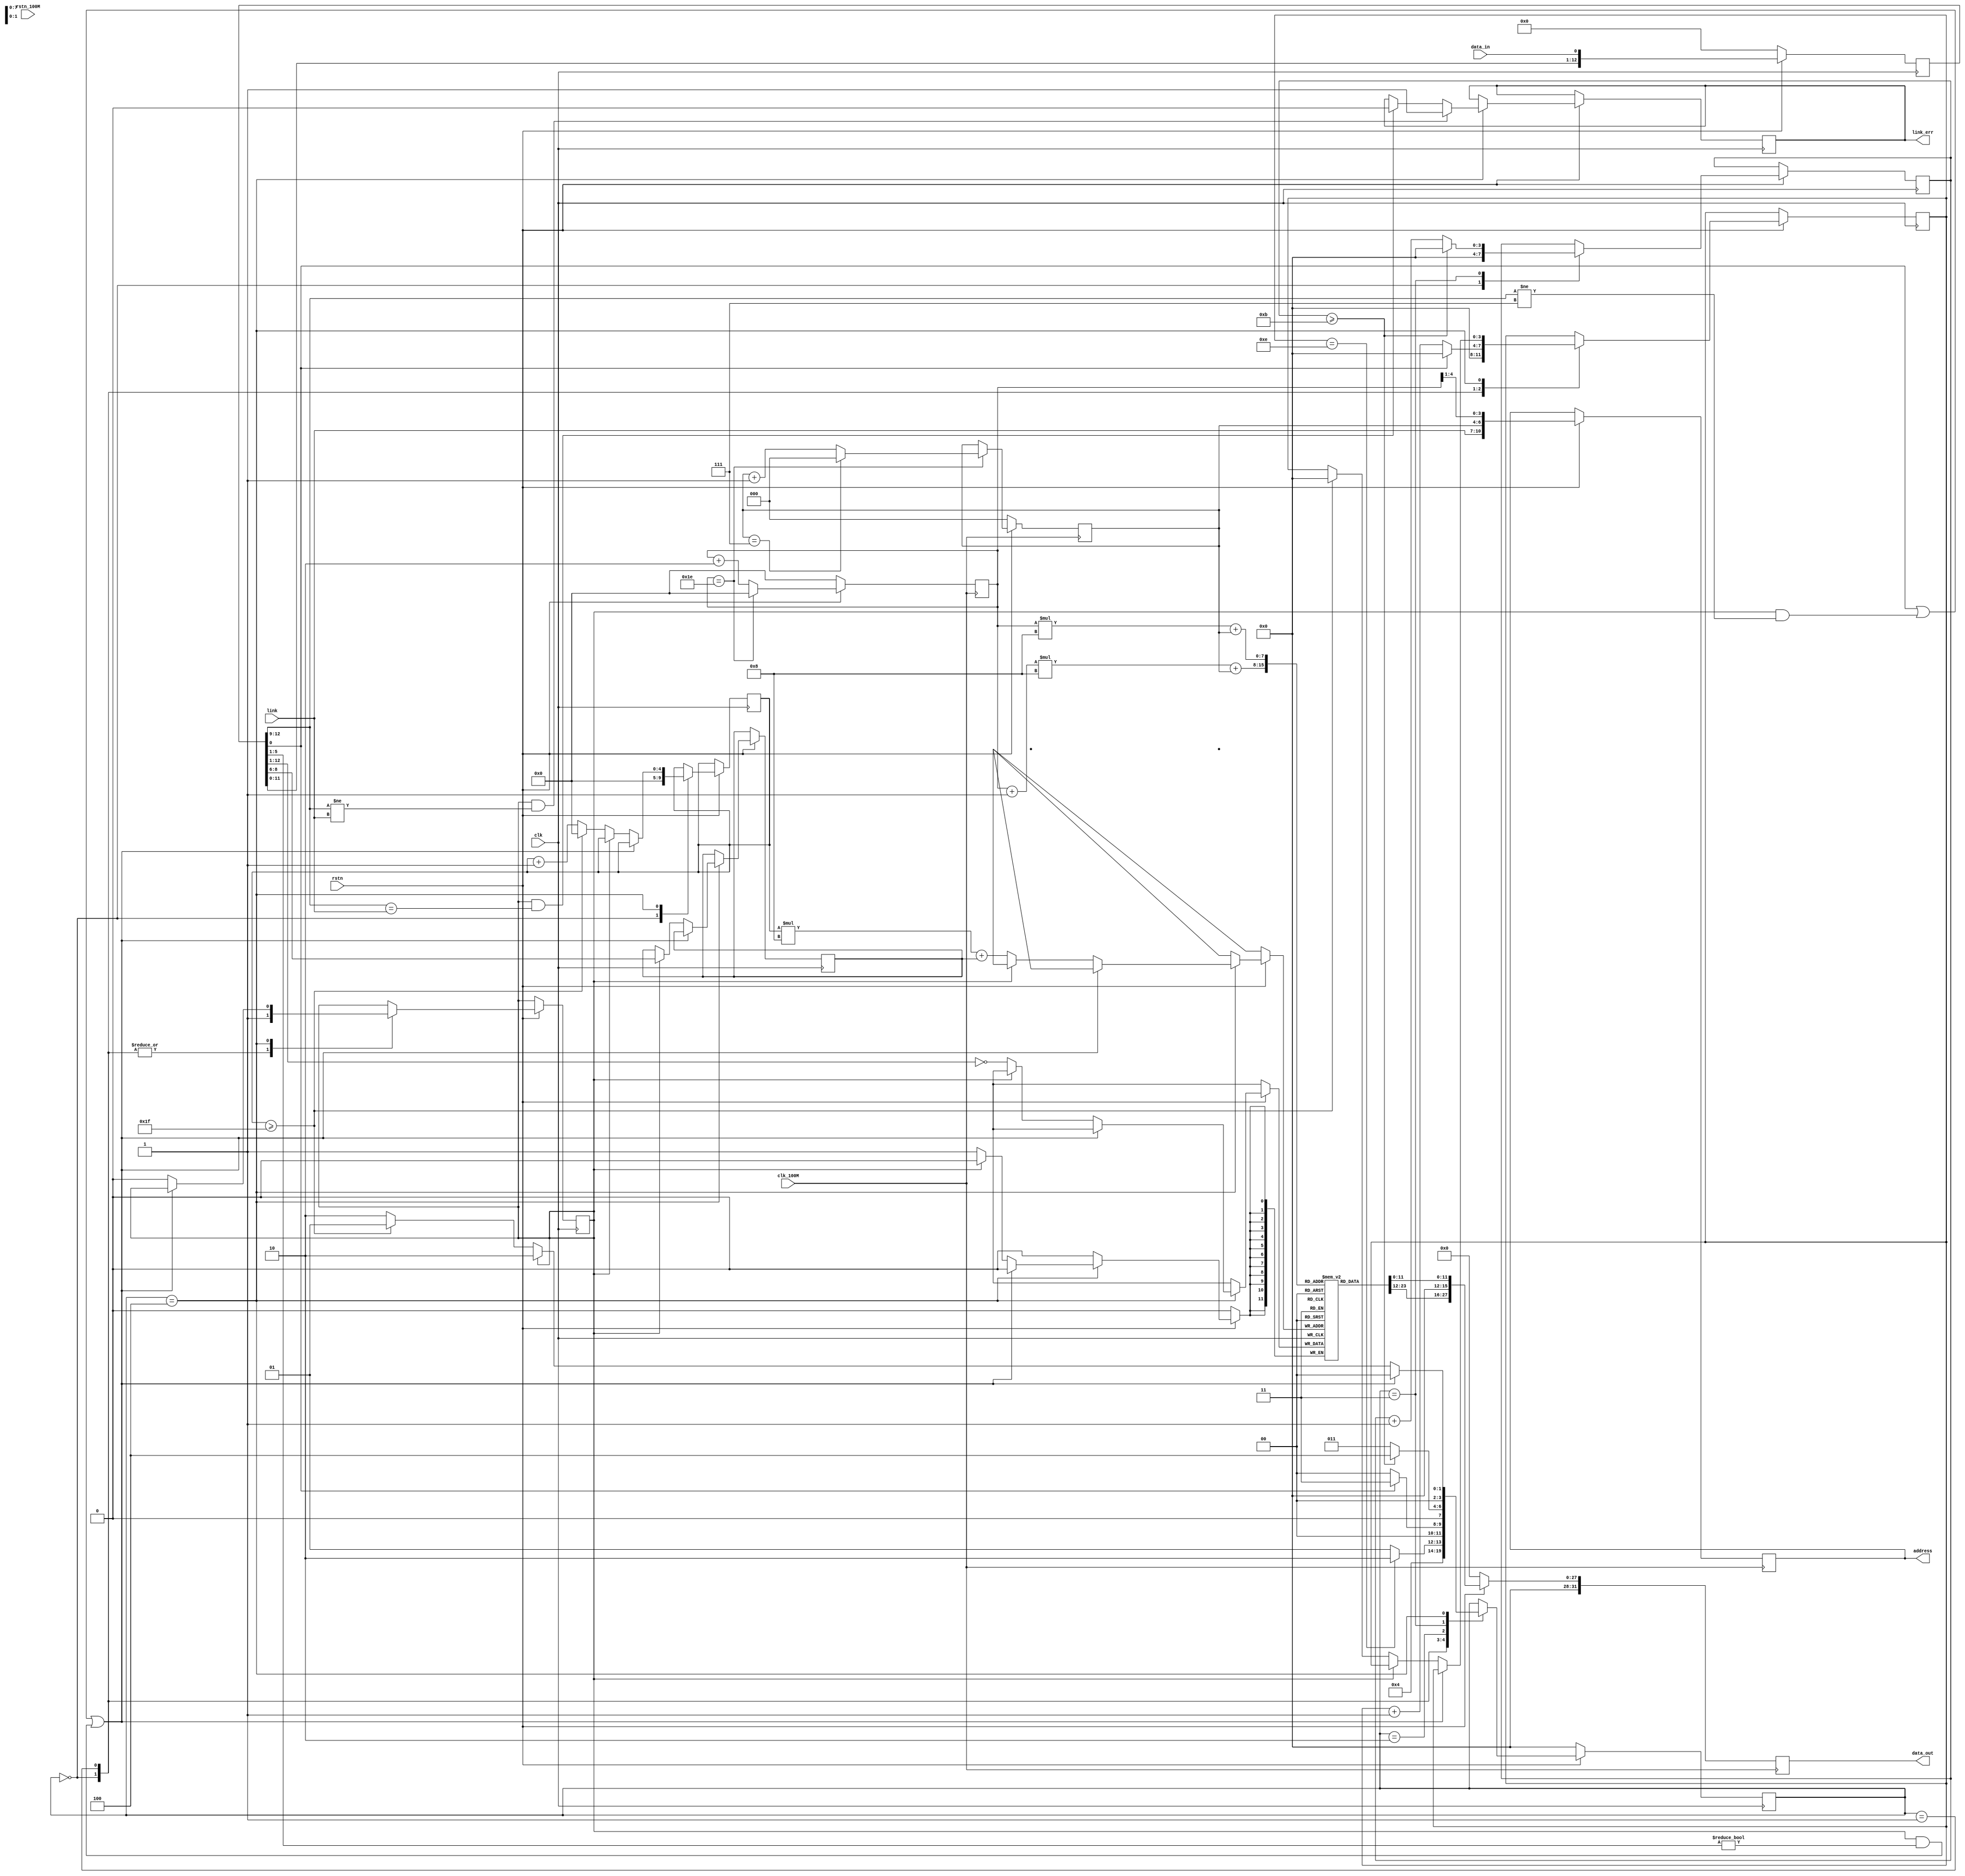
`timescale 1ns / 1ps
//////////////////////////////////////////////////////////////////////////////////
// Company: 
// Engineer: 
// 
// Design Name: 
// Module Name: s2p
// Project Name: 
// Target Devices: 
// Tool Versions: 
// Description: 
// 
// Dependencies: 
// 
// Revision:
// Revision 0.01 - File Created
// Additional Comments:
// 
//////////////////////////////////////////////////////////////////////////////////


module s2p(
    input clk, clk_100M,
    input rstn, rstn_100M,
    input data_in,
    input [3:0] link,
    output reg link_err,
    output reg [10:0] address, 
    output reg [31:0] data_out
    );
    
    reg        addr_flag;
    reg [2:0]  count_sublink;
    reg [3:0]  count_word, count_sysn;
    reg [4:0]  count_ch;
    
    reg [3:0]  state;
    
    reg [11:0] data_mem [31:0][7:0]; 
    reg [13:0] data_buffer;
    
    reg [4:0] index_ch;
    reg [2:0] index_sl;
    
    parameter  init  = 4'b0000,
               sysn  = 4'b0001,
               msb   = 4'b0010,
               data  = 4'b0011,
               lsb   = 4'b0100;
    
    always @ (posedge clk) begin
        if(~rstn) begin
            data_buffer <= 14'd0;
        end else begin
            data_buffer <= {data_buffer[12:0], data_in};
        end
    end
        
    always @ (posedge clk) begin
        if(~rstn) begin
            state <= init;
        end else begin
            case(state)    
                init: begin
                    count_sysn   <= 0;
                    count_word   <= 0;
                    count_ch     <= 0;
                    addr_flag    <= 1'b1;
                    state <= sysn;
                end
            
                sysn: begin                    
                    addr_flag    <= 1'b1;
                    
                    if(data_buffer[0] == 14'd0) begin
                        count_sysn <= count_sysn + 1'b1;
                    end else begin
                        count_sysn <= 0;
                    end
                    
                    if(count_sysn == 14'd14) begin
                        state <= msb;    
                    end else begin
                        state <= sysn;
                    end     
                end
                                    
                msb: begin
                    if(data_buffer[0] == 1'b1) begin
                        state <= data; 
                    end else begin
                        state <= init; 
                    end    
                end
                
                data: begin
                    if(count_word >= 4'd11) begin
                        count_word <= 0;
                        state <= lsb;
                    end else begin
                        count_word <= count_word + 1'b1; 
                        state <= data;   
                    end
                end
                
                lsb: begin
                    if((data_buffer[0] != 1'b0) || ((addr_flag == 1'b1) && (data_buffer[12:9] != 4'd7)) || ((addr_flag == 1'b1) && (data_buffer[5:1] != 4'd0))) begin
                        state <= init;
                    end else begin
                        if(addr_flag == 1'b1) begin
                            addr_flag <= 1'b0;
                            count_sublink <= data_buffer[8:6];
                            state <= msb;
                        end else begin 
                            data_mem[count_ch][count_sublink] <= ~ data_buffer[12:1];
                            if(count_ch >= 31) begin
                                count_ch <= 0;
                                count_sysn <= 0;
                                state <= sysn;
                            end else begin
                                count_ch <= count_ch + 1'b1;
                                state <= msb;
                            end                      
                        end                           
                    end
                    
                    if((addr_flag == 1'b1) && (data_buffer[12:9] != link))
                        link_err <= 1'b1;    
                    else  if((addr_flag == 1'b1) && (data_buffer[12:9] == link))
                        link_err <= 1'b0;
                    else 
                        link_err <= link_err;
                end
            endcase
        end
    end
    
    
    always @ (posedge clk_100M) begin          
        if(~rstn) begin
            data_out <= 0;
            index_ch <= 0;
            index_sl <= 0;
        end else begin 
            if(index_ch == 5'd30)begin
                if(index_sl == 3'd7)begin
                    data_out <= {4'd0,data_mem[index_ch+1][index_sl],4'd0,data_mem[index_ch][index_sl]};
                    address <= {link,index_sl,index_ch[4:1]};
                    index_ch <= 5'd0;
                    index_sl <= 3'd0;
                end else begin
                    data_out <= {4'd0,data_mem[index_ch+1][index_sl],4'd0,data_mem[index_ch][index_sl]};
                    address <= {link,index_sl,index_ch[4:1]};
                    index_ch <= 5'd0;
                    index_sl <= index_sl + 1;
                end
            end else begin
                data_out <= {4'd0,data_mem[index_ch+1][index_sl],4'd0,data_mem[index_ch][index_sl]};
                address <= {link,index_sl,index_ch[4:1]};
                index_ch <= index_ch + 2;
            end
        end
    end
    
    
endmodule